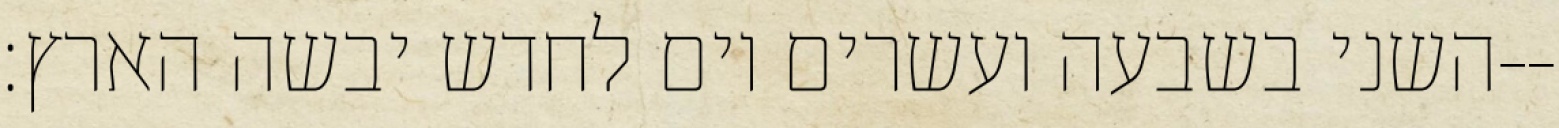
השני בשבעה ועשרים יום לחדש יבשה הארץ׃--